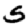
Digit: 5